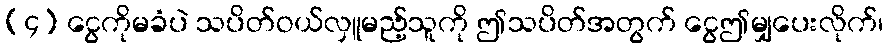
(၄) ငွေကိုမခံပဲ သပိတ်ဝယ်လှူမည့်သူကို ဤသပိတ်အတွက် ငွေဤမျှပေးလိုက်၊